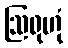
ဩရုဟုံ